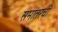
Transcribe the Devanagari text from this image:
समांतरची